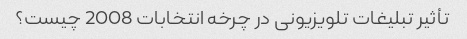
تأثیر تبلیغات تلویزیونی در چرخه انتخابات 2008 چیست؟